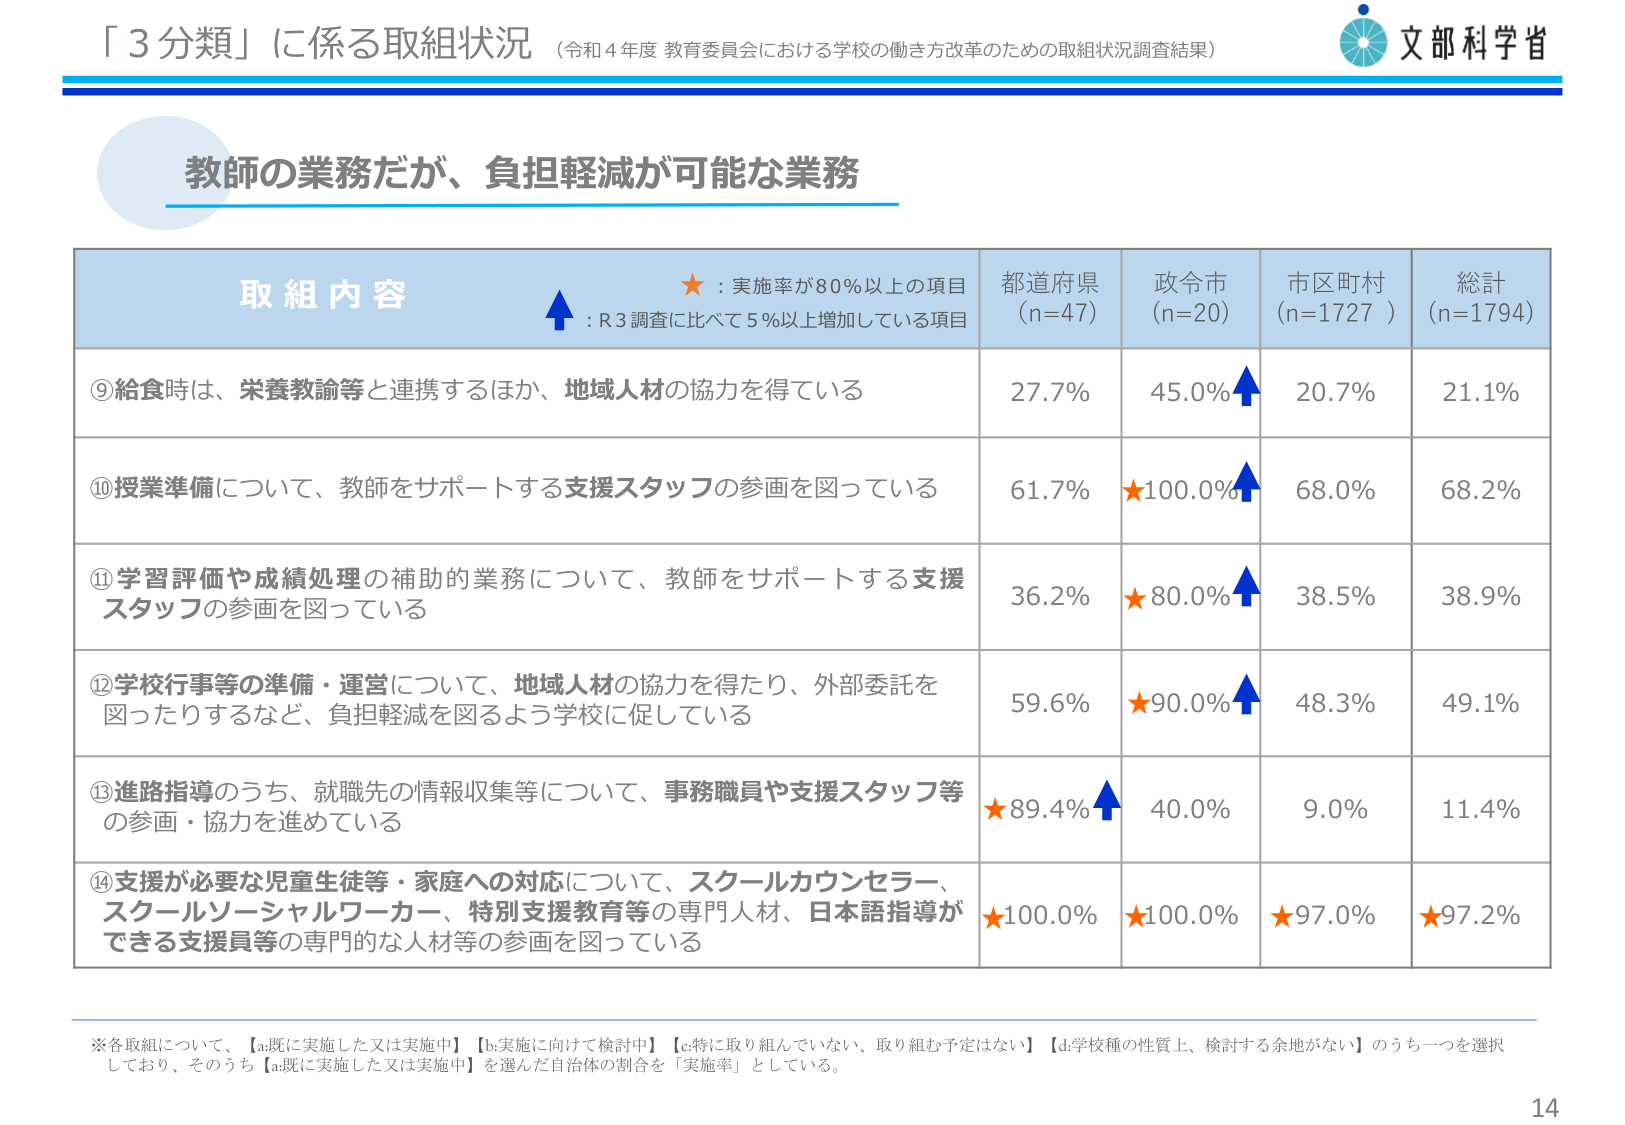
「３分類」に係る取組状況（令和４年度 教育委員会における学校の働き方改革のための取組状況調査結果）

文部科学省

教師の業務だが、負担軽減が可能な業務

取組内容
★：実施率が80％以上の項目
↑：R3調査に比べて5％以上増加している項目

都道府県（n=47）　政令市（n=20）　市区町村（n=1727）　総計（n=1794）

⑨給食時は、栄養教諭等と連携するほか、地域人材の協力を得ている
27.7%　45.0%↑　20.7%　21.1%

⑩授業準備について、教師をサポートする支援スタッフの参画を図っている
61.7%　★100.0%↑　68.0%　68.2%

⑪学習評価や成績処理の補助的業務について、教師をサポートする支援スタッフの参画を図っている
36.2%　★80.0%↑　38.5%　38.9%

⑫学校行事等の準備・運営について、地域人材の協力を得たり、外部委託を図ったりするなど、負担軽減を図るよう学校に促している
59.6%　★90.0%↑　48.3%　49.1%

⑬進路指導のうち、就職先の情報収集等について、事務職員や支援スタッフ等の参画・協力を進めている
★89.4%↑　40.0%　9.0%　11.4%

⑭支援が必要な児童生徒等・家庭への対応について、スクールカウンセラー、スクールソーシャルワーカー、特別支援教育等の専門人材、日本語指導ができる支援員等の専門的な人材等の参画を図っている
★100.0%　★100.0%　★97.0%　★97.2%

※各取組について、【a.既に実施した又は実施中】【b.実施に向けて検討中】【c.特に取り組んでいない、取り組む予定はない】【d.学校種の性質上、検討する余地がない】のうち一つを選択しており、そのうち【a.既に実施した又は実施中】を選んだ自治体の割合を「実施率」としている。

14